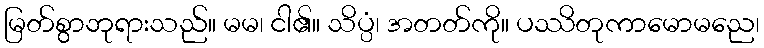
မြတ်စွာဘုရားသည်။ မမ၊ ငါ၏။ သိပ္ပံ၊ အတတ်ကို။ ပဿိတုကာမောမညေ၊